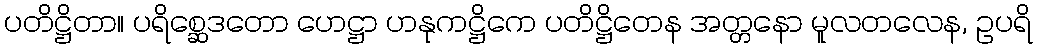
ပတိဋ္ဌိတာ။ ပရိစ္ဆေဒတော ဟေဋ္ဌာ ဟနုကဋ္ဌိကေ ပတိဋ္ဌိတေန အတ္တနော မူလတလေန, ဥပရိ